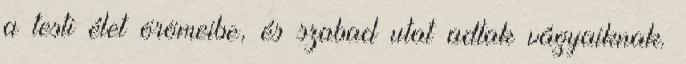
a testi élet örömeibe, és szabad utat adtak vágyaiknak.